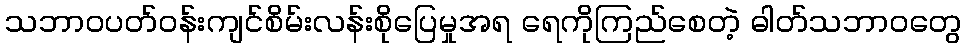
သဘာဝပတ်ဝန်းကျင်စိမ်းလန်းစိုပြေမှုအရ ရေကိုကြည်စေတဲ့ ဓါတ်သဘာဝတွေ